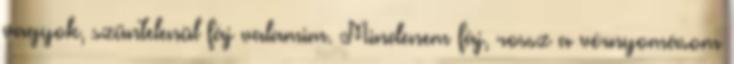
vagyok, szüntelenül fáj valamim. Mindenem fáj, rossz a vérnyomásom